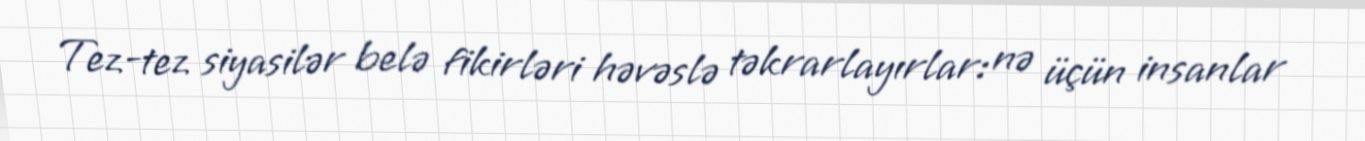
Tez-tez siyasilər belə fikirləri həvəslə təkrarlayırlar: nə üçün insanlar